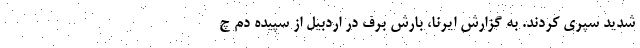
شدید سپری کردند. به گزارش ایرنا، بارش برف در اردبیل از سپیده دم چ